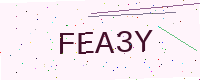
Text: FEA3Y